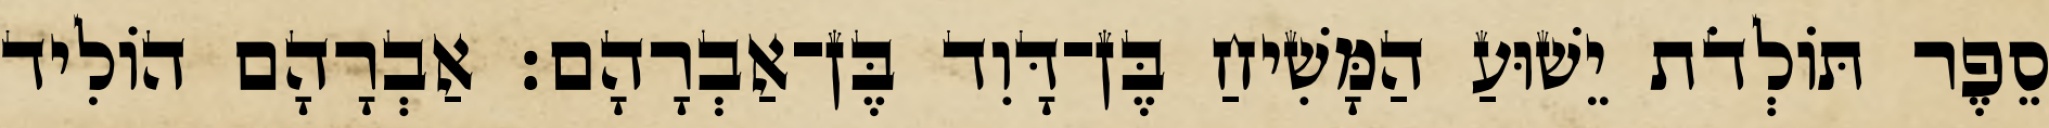
סֵפֶר תּוֹלְדֹת יֵשׁוּעַ הַמָּשִׁיחַ בֶּן־דָּוִד בֶּן־אַבְרָהָם׃ אַבְרָהָם הוֹלִיד